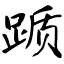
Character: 踬